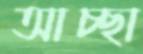
আচ্ছা